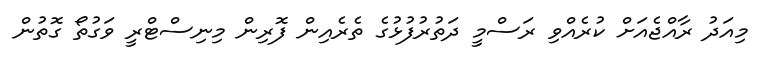
މިއަދު ރާއްޖެއަށް ކުރެއްވި ރަސްމީ ދަތުރުފުޅުގެ ތެރެއިން ފޮރިން މިނިސްޓްރީ ވަގުތޯ ގޮތުން